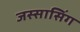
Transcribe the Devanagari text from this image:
जस्सासिंग